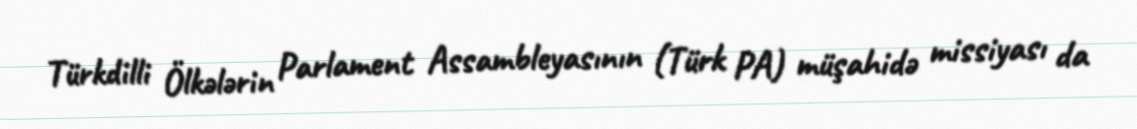
Türkdilli Ölkələrin Parlament Assambleyasının (Türk PA) müşahidə missiyası da